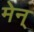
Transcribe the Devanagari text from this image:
मेन्